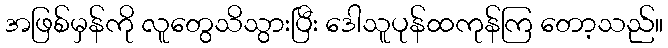
အဖြစ်မှန်ကို လူတွေသိသွားပြီး ဒေါသူပုန်ထကုန်ကြ တော့သည်။